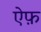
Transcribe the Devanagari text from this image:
ऐफ़